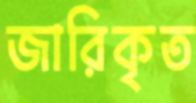
জারিকৃত